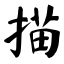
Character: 描